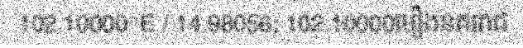
102.10000°E / 14.98056; 102.10000មឿងនគររាជ